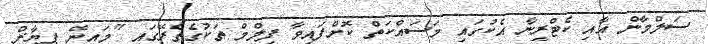
ސަލްމާން އާއި ކެޓްރީނާ އެކުގައި މަސައްކަތް ކޮށްފައިވާ ފިލްމް ތަކުގެތެރޭގައި "މައިނޭ ޕިޔާރް